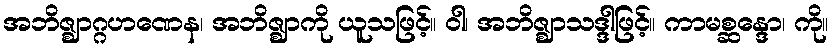
အဘိဇ္ဈာဂ္ဂဟဏေန၊ အဘိဇ္ဈာကို ယူသဖြင့်။ ဝါ၊ အဘိဇ္ဈာသဒ္ဒါဖြင့်။ ကာမစ္ဆန္ဒော၊ ကို။